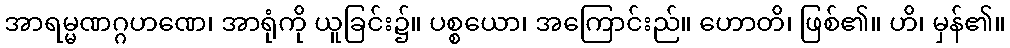
အာရမ္မဏဂ္ဂဟဏေ၊ အာရုံကို ယူခြင်း၌။ ပစ္စယော၊ အကြောင်းည်။ ဟောတိ၊ ဖြစ်၏။ ဟိ၊ မှန်၏။